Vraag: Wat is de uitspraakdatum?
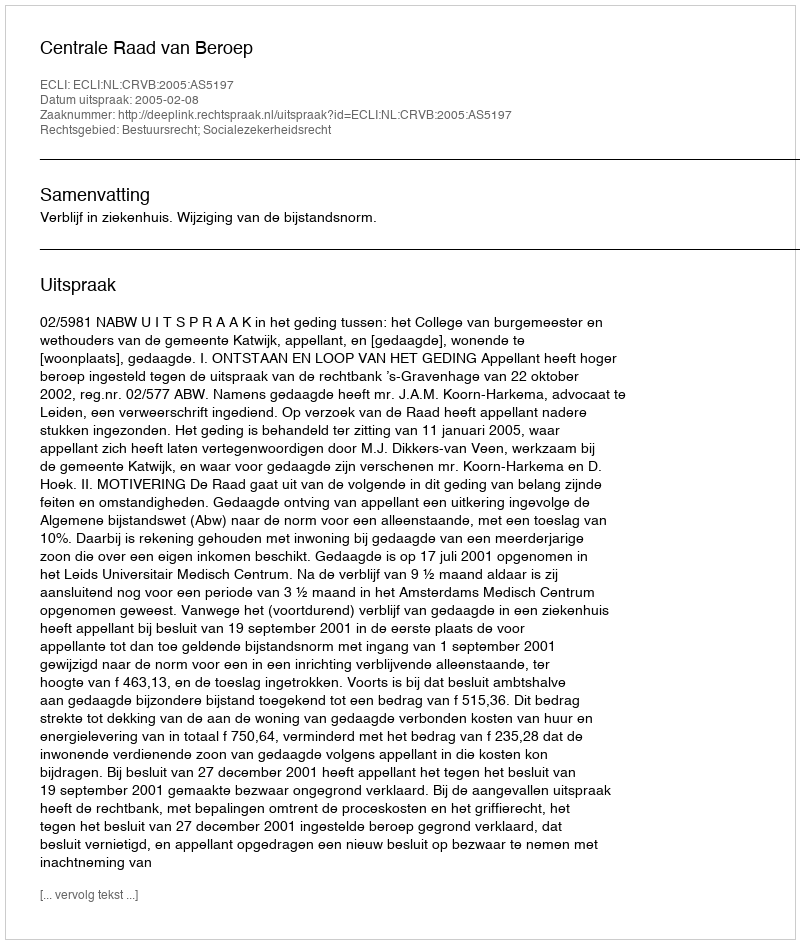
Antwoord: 2005-02-08